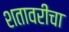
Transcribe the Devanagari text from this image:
शतावरीचा